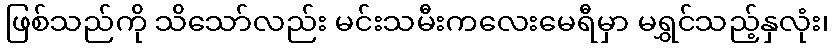
ဖြစ်သည်ကို သိသော်လည်း မင်းသမီးကလေးမေရီမှာ မရွှင်သည့်နှလုံး၊